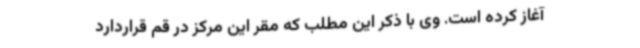
آغاز کرده است. وی با ذکر این مطلب که مقر این مرکز در قم قراردارد